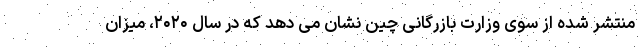
منتشر شده از سوی وزارت بازرگانی چین نشان می دهد که در سال ۲۰۲۰، میزان